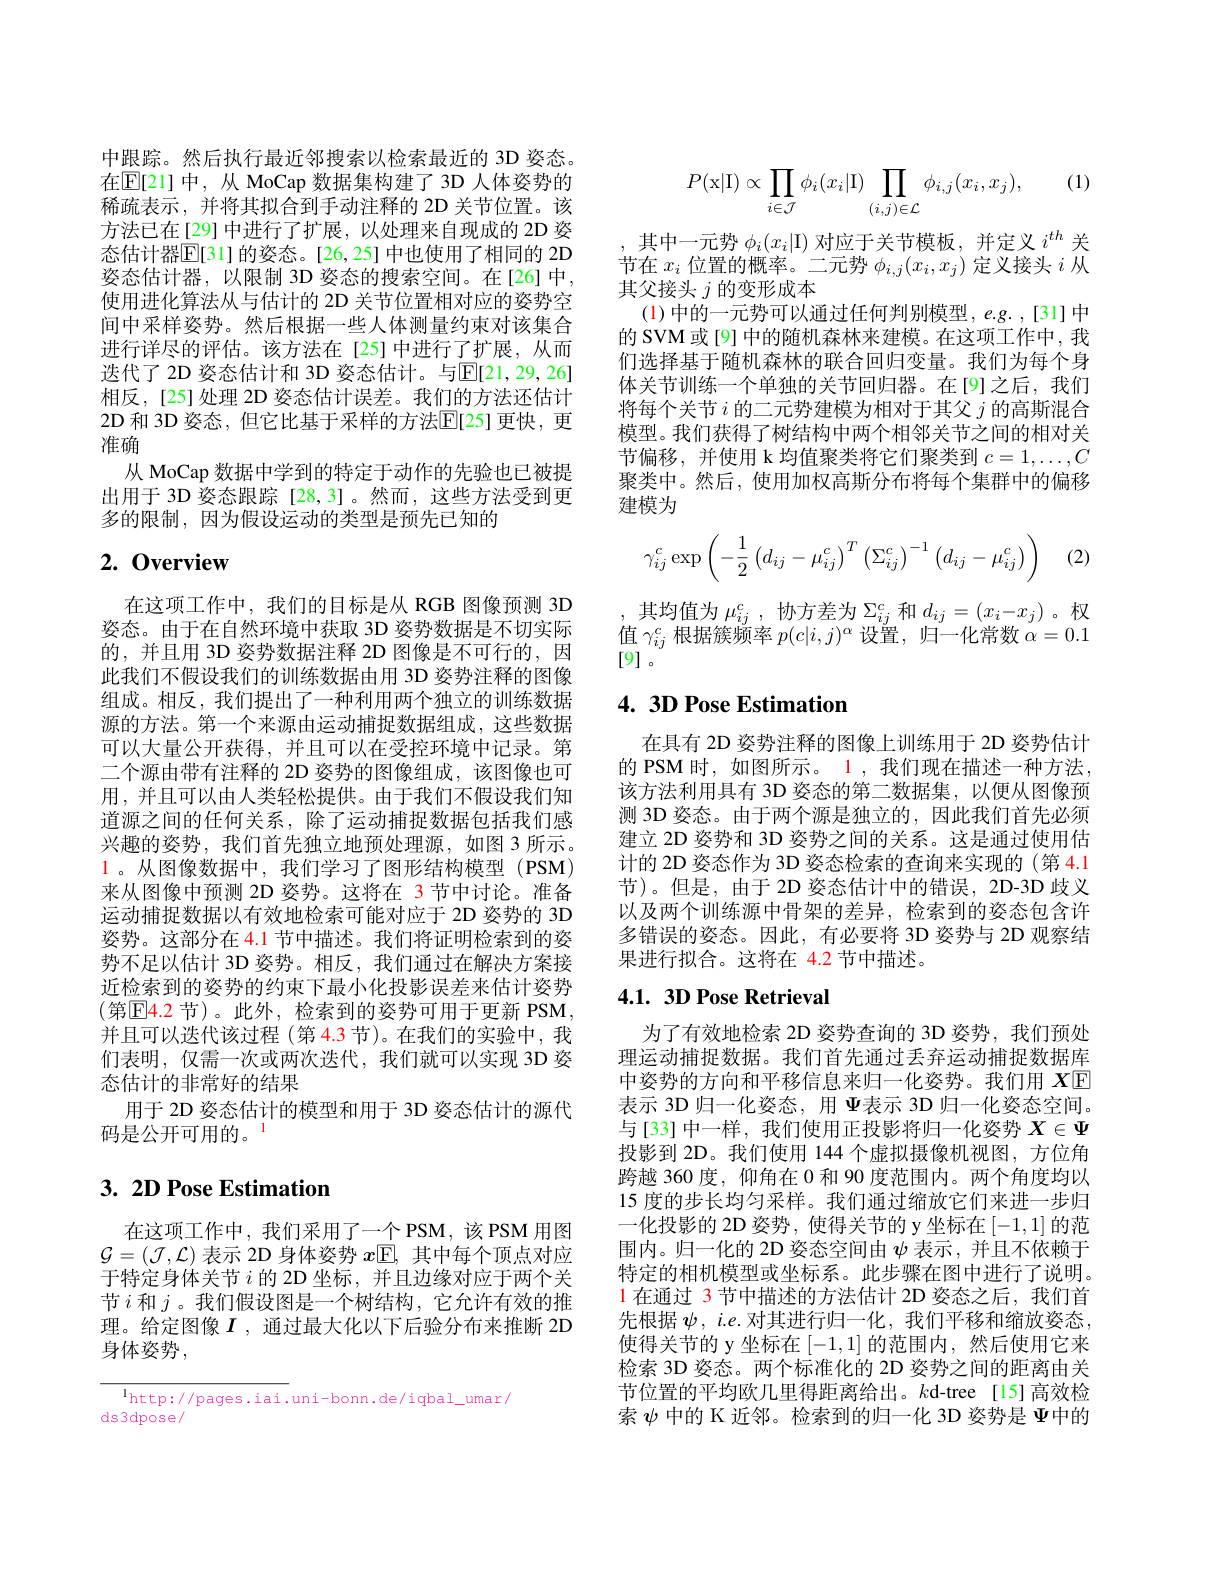
中跟踪。然后执行最近邻搜索以检索最近的 3D 姿态。在$\mathbb{E}[21]$ 中，从 MoCap 数据集构建了 3D 人体姿势的稀疏表示，并将其拟合到手动注释的 2D 关节位置。该方法已在[29]中进行了扩展，以处理来自现成的 2D 姿态估计器$\mathbb{E}[31]$ 的姿态。[26,25] 中也使用了相同的 2D 姿态估计器，以限制 3D 姿态的搜索空间。在[26] 中， 使用进化算法从与估计的 2D 关节位置相对应的姿势空间中采样姿势。然后根据一些人体测量约束对该集合进行详尽的评估。该方法在[25]中进行了扩展，从而选代了 2D 姿态估计和 3D 姿态估计。与$\mathbb{E}[21,29,26]$ 相反，[25]处理 2D 姿态估计误差。我们的方法还估计2D 和 3D 姿态，但它比基于采样的方法$\overline{\mathrm{E}}[$25]更快，更准确
从 MoCap 数据中学到的特定于动作的先验也已被提出用于 3D 姿态跟踪 [28,3]。然而，这些方法受到更多的限制，因为假设运动的类型是预先已知的

# 2.0verview

在这项工作中，我们的目标是从 RGB 图像预测 3D 姿态。由于在自然环境中获取 3D 姿势数据是不切实际的，并且用 3D 姿势数据注释 2D 图像是不可行的，因此我们不假设我们的训练数据由用 3D 姿势注释的图像组成。相反，我们提出了一种利用两个独立的训练数据源的方法。第一个来源由运动捕捉数据组成，这些数据可以大量公开获得，并且可以在受控环境中记录。第二个源由带有注释的 2D 姿势的图像组成，该图像也可用，并且可以由人类轻松提供。由于我们不假设我们知道源之间的任何关系，除了运动捕捉数据包括我们感兴趣的姿势，我们首先独立地预处理源，如图 3 所示。$\color{red}{1\text{。从图像数据中，我们学习了图形结构模型(PSM)}}$ 来从图像中预测 2D 姿势。这将在 3 节中讨论。准备运动捕捉数据以有效地检索可能对应于 2D 姿势的 3D 姿势。这部分在 4.1 节中描述。我们将证明检索到的姿势不足以估计 3D 姿势。相反，我们通过在解决方案接近检索到的姿势的约束下最小化投影误差来估计姿势(第$\boxed{\mathrm{E}}\color{red}{4.2}$节)。此外，检索到的姿势可用于更新 PSM, 并且可以迭代该过程 (第4.3 节)。在我们的实验中，我们表明，仅需一次或两次迭代，我们就可以实现 3D 姿态估计的非常好的结果
用于 2D 姿态估计的模型和用于 3D 姿态估计的源代
码是公开可用的。$^{1}$

# 3. 2D Pose Estimation

在这项工作中，我们采用了一个 PSM,该 PSM 用图$\mathcal{G}=(\mathcal{J},\mathcal{L})$表示 2D 身体姿势$x$E,其中每个顶点对应于特定身体关节$i$的 2D 坐标，并且边缘对应于两个关节$i$和$j$。我们假设图是一个树结构，它允许有效的推理。给定图像$I$ ,通过最大化以下后验分布来推断 2D 身体姿势，
$$\overline{^1\text{http://pages.iai.}}\text{uni-bonn.de/iqbal umar/}$$
(1)
$$P(\mathrm{x}|\mathrm{I})\propto\prod_{i\in\mathcal{J}}\phi_i(x_i|\mathrm{I})\prod_{(i,j)\in\mathcal{L}}\phi_{i,j}(x_i,x_j),$$
,其中一元势$\phi_i(x_i|\mathcal{I})$对应于关节模板，并定义$i^th$关节在$x_i$位置的概率。二元势$\phi_i,j(x_i,x_j)$定义接头$i$从其父接头$j$的变形成本
(1)中的一元势可以通过任何判别模型，e.g. ,[31] 中的 SVM 或[9] 中的随机森林来建模。在这项工作中，我们选择基于随机森林的联合回归变量。我们为每个身体关节训练一个单独的关节回归器。在[9]之后，我们将每个关节$i$的二元势建模为相对于其父$j$的高斯混合模型。我们获得了树结构中两个相邻关节之间的相对关节偏移，并使用 k 均值聚类将它们聚类到$c=1,\ldots,C$ 聚类中。然后，使用加权高斯分布将每个集群中的偏移建模为
$$\gamma_{ij}^c\exp\left(-\dfrac{1}{2}\left(d_{ij}-\mu_{ij}^c\right)^T\left(\Sigma_{ij}^c\right)^{-1}\left(d_{ij}-\mu_{ij}^c\right)\right)$$
(2)

,其均值为$\mu_ij^c$,协方差为$\Sigma_ij^c$和$d_ij=(x_i-x_j)$ 。权值$\gamma_{ij}^c$根据簇频率$p( c| i, j) ^\alpha$ 设 置 , 归 一 化 常 数 $\alpha = 0. 1$ [9]。

## 4. 3D Pose Estimation

在具有 2D 姿势注释的图像上训练用于 2D 姿势估计的 PSM 时，如图所示。1 ,我们现在描述一种方法该方法利用具有 3D 姿态的第二数据集，以便从图像预测 3D 姿态。由于两个源是独立的，因此我们首先必须建立 2D 姿势和 3D 姿势之间的关系。这是通过使用估计的 2D 姿态作为 3D 姿态检索的查询来实现的 (第 4.1节)。但是，由于 2D 姿态估计中的错误，2D-3D 歧义以及两个训练源中骨架的差异，检索到的姿态包含许多错误的姿态。因此，有必要将 3D 姿势与 2D 观察结果进行拟合。这将在 4.2 节中描述。

## 4.1. 3D Pose Retrieval

为了有效地检索 2D 姿势查询的 3D 姿势，我们预处理运动捕捉数据。我们首先通过丢弃运动捕捉数据库中姿势的方向和平移信息来归一化姿势。我们用$X$E 表示 3D 归一化姿态，用 $\Psi$表示 3D 归一化姿态空间。与[33] 中一样，我们使用正投影将归一化姿势$X\in\Psi$ 投影到 2D。我们使用 144个虚拟摄像机视图，方位角跨越 360 度，仰角在0和 90 度范围内。两个角度均以15 度的步长均匀采样。我们通过缩放它们来进一步归一化投影的 2D 姿势，使得关节的 y 坐标在[-1,1]的范围内。归一化的 2D 姿态空间由$\psi$表示，并且不依赖于特定的相机模型或坐标系。此步骤在图中进行了说明。1 在通过 3 节中描述的方法估计 2D 姿态之后，我们首先根据$\psi,i.e.$对其进行归一化，我们平移和缩放姿态， 使得关节的 y 坐标在[-1,1]的范围内，然后使用它来检索 3D 姿态。两个标准化的 2D 姿势之间的距离由关节位置的平均欧几里得距离给出。$k$d-tree[15]高效检索$\psi$中的 K 近邻。检索到的归一化 3D 姿势是$\Psi$中的